Indian Medical Review
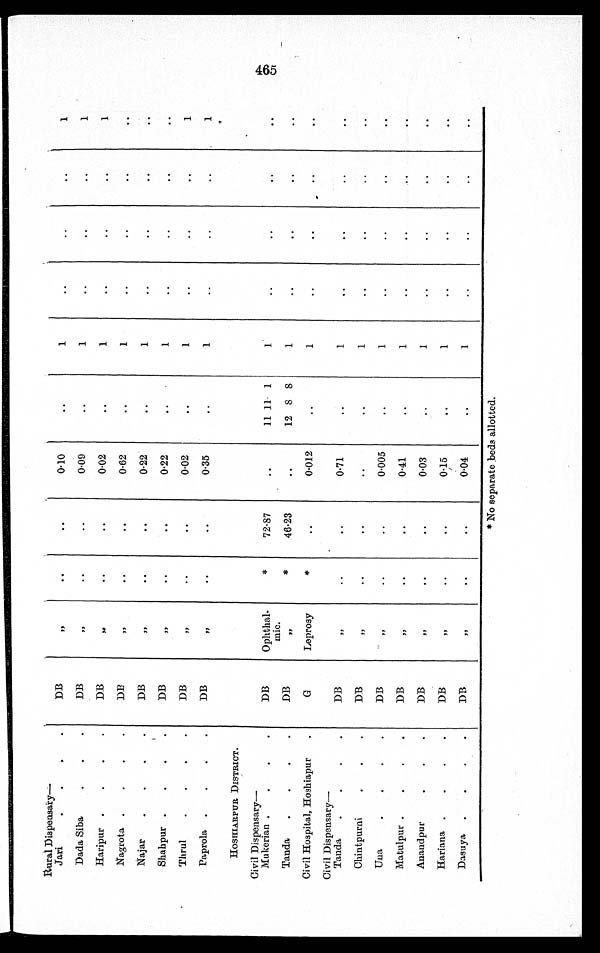
Rural Dispensary
—
Jari
DB
,,
. .
. .
0.10
..
1
..
..
. .
1
Dada Siba . . .
DB
,,
. .
..
0.09
..
1
..
..
. .
1
Haripur .
.
.
.
DB
,,
..
..
0.02
. .
1
..
. .
. .
1
Nagrota .
.
.
.
DB
,,
..
..
0.62
..
1
..
..
..
. .
Najar
.
.
. .
DB
,,
. .
. . 0.22
..
1
..
..
..
. .
Shahpur .
.
.
.
DB
,,
..
..
0.22
. .
. .
..
..
. .
. .
Thrul
. . . .
DB
,,
..
..
0.02
. .
1
..
..
. .
1
Paprola .
.
.
.
DB
,,
..
..
0.35
. .
1
. .
. .
. .
1
HOSHIARPUR DISTRICT.
Civil Dispensary
—
Mukerian .
. . .
DB
Ophthal-
mic.
*
72.87
..
11 11
1
. .
..
..
. .
. .
Tanda
.
.
.
.
DB
,,
*
46.23
..
12 8
8
. .
..
. .
..
..
Civil Hospital, Hoshiapur
.
G
Leprosy
*
..
0.012
..
1
..
..
. .
. .
Civil Dispensary—
Tanda . . . .
DB
,,
..
..
0.71
..
1
..
..
..
..
Chintpurni
.
.
.
DB
,,
..
. . ..
. .
1
..
. .
. .
. .
Un a . . . .
DB
,,
. .
. .
0-005
..
1
..
. .
..
..
Matulpur .
.
.
.
DB
,,
..
..
0.41
..
1
..
..
..
..
Anandpur.
DB
,,
..
..
0.03
..
1
..
..
..
..
Hariana .
.
.
.
DB
,,
..
..
0.15
. .
1
..
..
. .
..
Dasuya
.
.
.
.
DB
,,
..
..
0-04
..
1
..
..
. .
..
* No separate beds allotted.